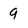
Character: 9